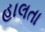
હાલતા